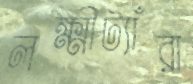
লক্ষ্মীট্যাঁরা